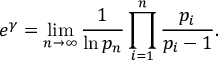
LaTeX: e ^ { \gamma } = \operatorname* { l i m } _ { n \to \infty } { \frac { 1 } { \ln p _ { n } } } \prod _ { i = 1 } ^ { n } { \frac { p _ { i } } { p _ { i } - 1 } } .